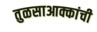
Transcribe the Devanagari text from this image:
तुळसाआक्कांची